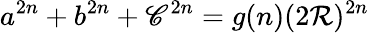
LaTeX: a^{2n}+b^{2n}+\mathscr{C}^{2n}=g(n)(2\mathcal{R})^{2n}